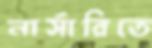
নার্সারিতে